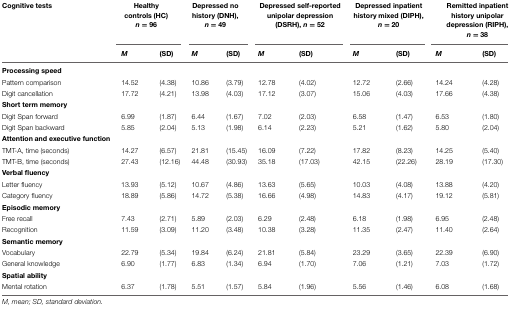
<table><thead><tr><td><b>Cognitive tests</b></td><td colspan="2"><b>Healthy controls (HC) <i>n</i> = 96</b></td><td colspan="2"><b>Depressed no history (DNH), <i>n</i> = 49</b></td><td colspan="2"><b>Depressed self-reported unipolar depression (DSRH), <i>n</i> = 52</b></td><td colspan="2"><b>Depressed inpatient history mixed (DIPH), <i>n</i> = 20</b></td><td colspan="2"><b>Remitted inpatient history unipolar depression (RIPH), <i>n</i> = 38</b></td></tr><tr><td></td><td><b><i>M</i></b></td><td><b>(SD)</b></td><td><b><i>M</i></b></td><td><b>(SD)</b></td><td><b><i>M</i></b></td><td><b>(SD)</b></td><td><b><i>M</i></b></td><td><b>(SD)</b></td><td><b><i>M</i></b></td><td><b>(SD)</b></td></tr></thead><tbody><tr><td><b>Processing speed</b></td><td></td><td></td><td></td><td></td><td></td><td></td><td></td><td></td><td></td><td></td></tr><tr><td>Pattern comparison</td><td>14.52</td><td>(4.38)</td><td>10.86</td><td>(3.79)</td><td>12.78</td><td>(4.02)</td><td>12.72</td><td>(2.66)</td><td>14.24</td><td>(4.28)</td></tr><tr><td>Digit cancellation</td><td>17.72</td><td>(4.21)</td><td>13.98</td><td>(4.03)</td><td>17.12</td><td>(3.07)</td><td>15.06</td><td>(4.03)</td><td>17.66</td><td>(4.38)</td></tr><tr><td><b>Short term memory</b></td><td></td><td></td><td></td><td></td><td></td><td></td><td></td><td></td><td></td><td></td></tr><tr><td>Digit Span forward</td><td>6.99</td><td>(1.87)</td><td>6.44</td><td>(1.67)</td><td>7.02</td><td>(2.03)</td><td>6.58</td><td>(1.47)</td><td>6.53</td><td>(1.80)</td></tr><tr><td>Digit Span backward</td><td>5.85</td><td>(2.04)</td><td>5.13</td><td>(1.98)</td><td>6.14</td><td>(2.23)</td><td>5.21</td><td>(1.62)</td><td>5.80</td><td>(2.04)</td></tr><tr><td><b>Attention and executive function</b></td><td></td><td></td><td></td><td></td><td></td><td></td><td></td><td></td><td></td><td></td></tr><tr><td>TMT-A, time (seconds)</td><td>14.27</td><td>(6.57)</td><td>21.81</td><td>(15.45)</td><td>16.09</td><td>(7.22)</td><td>17.82</td><td>(8.23)</td><td>14.25</td><td>(5.40)</td></tr><tr><td>TMT-B, time (seconds)</td><td>27.43</td><td>(12.16)</td><td>44.48</td><td>(30.93)</td><td>35.18</td><td>(17.03)</td><td>42.15</td><td>(22.26)</td><td>28.19</td><td>(17.30)</td></tr><tr><td><b>Verbal fluency</b></td><td></td><td></td><td></td><td></td><td></td><td></td><td></td><td></td><td></td><td></td></tr><tr><td>Letter fluency</td><td>13.93</td><td>(5.12)</td><td>10.67</td><td>(4.86)</td><td>13.63</td><td>(5.65)</td><td>10.03</td><td>(4.08)</td><td>13.88</td><td>(4.20)</td></tr><tr><td>Category fluency</td><td>18.89</td><td>(5.86)</td><td>14.72</td><td>(5.38)</td><td>16.66</td><td>(4.98)</td><td>14.83</td><td>(4.17)</td><td>19.12</td><td>(5.81)</td></tr><tr><td><b>Episodic memory</b></td><td></td><td></td><td></td><td></td><td></td><td></td><td></td><td></td><td></td><td></td></tr><tr><td>Free recall</td><td>7.43</td><td>(2.71)</td><td>5.89</td><td>(2.03)</td><td>6.29</td><td>(2.48)</td><td>6.18</td><td>(1.98)</td><td>6.95</td><td>(2.48)</td></tr><tr><td>Recognition</td><td>11.59</td><td>(3.09)</td><td>11.20</td><td>(3.48)</td><td>10.38</td><td>(3.28)</td><td>11.35</td><td>(2.47)</td><td>11.40</td><td>(2.64)</td></tr><tr><td><b>Semantic memory</b></td><td></td><td></td><td></td><td></td><td></td><td></td><td></td><td></td><td></td><td></td></tr><tr><td>Vocabulary</td><td>22.79</td><td>(5.34)</td><td>19.84</td><td>(6.24)</td><td>21.81</td><td>(5.84)</td><td>23.29</td><td>(3.65)</td><td>22.39</td><td>(6.90)</td></tr><tr><td>General knowledge</td><td>6.90</td><td>(1.77)</td><td>6.83</td><td>(1.34)</td><td>6.94</td><td>(1.70)</td><td>7.06</td><td>(1.21)</td><td>7.03</td><td>(1.72)</td></tr><tr><td><b>Spatial ability</b></td><td></td><td></td><td></td><td></td><td></td><td></td><td></td><td></td><td></td><td></td></tr><tr><td>Mental rotation</td><td>6.37</td><td>(1.78)</td><td>5.51</td><td>(1.57)</td><td>5.84</td><td>(1.96)</td><td>5.56</td><td>(1.46)</td><td>6.08</td><td>(1.68)</td></tr></tbody></table>